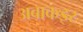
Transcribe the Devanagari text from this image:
अबाकइर